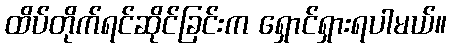
ထိပ်တိုက်ရင်ဆိုင်ခြင်းက ရှောင်ရှားရပါမယ်။